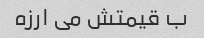
ب قیمتش می ارزه